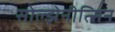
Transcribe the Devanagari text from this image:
सोल्झेनीत्सिन